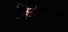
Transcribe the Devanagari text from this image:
फिटिंग्ज